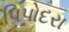
પિપોદરા